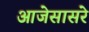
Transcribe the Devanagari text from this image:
आजेसासरे